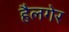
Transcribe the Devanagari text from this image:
हैलगेर